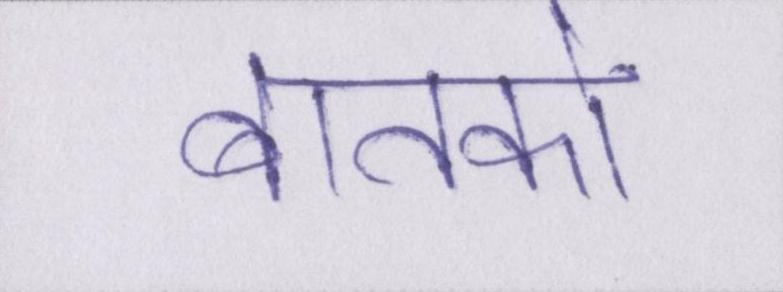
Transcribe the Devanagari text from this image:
बातको